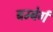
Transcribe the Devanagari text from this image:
बम्बेर्ग